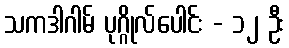
သကဒါဂါမ် ပုဂ္ဂိုလ်ပေါင်း - ၁၂ ဦး